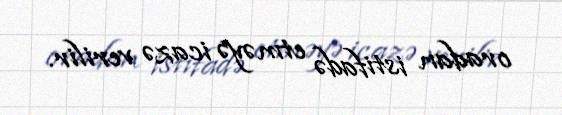
oradan istifadə etməyə icazə verilir.